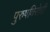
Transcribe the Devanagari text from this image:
पुरुषविरोधी